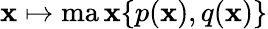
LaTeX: \mathbf{x}\mapsto\operatorname*{ma\mathbf{x}}\{ p(\mathbf{x}),q(\mathbf{x})\}